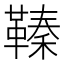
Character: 𩌘